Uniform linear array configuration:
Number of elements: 4
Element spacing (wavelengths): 0.75
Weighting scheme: cosine
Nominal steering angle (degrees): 15
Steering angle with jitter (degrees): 13.728
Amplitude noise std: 0.05
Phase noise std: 0.05

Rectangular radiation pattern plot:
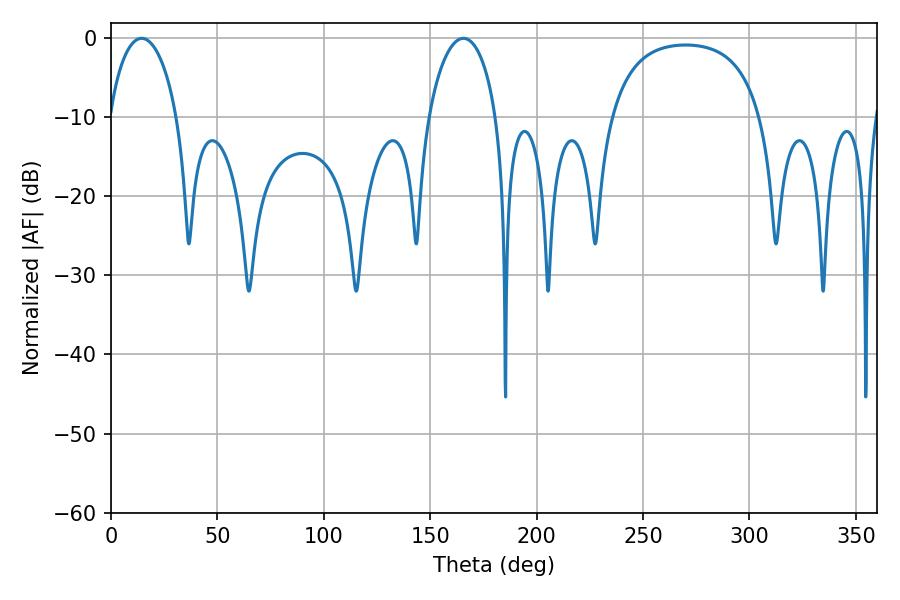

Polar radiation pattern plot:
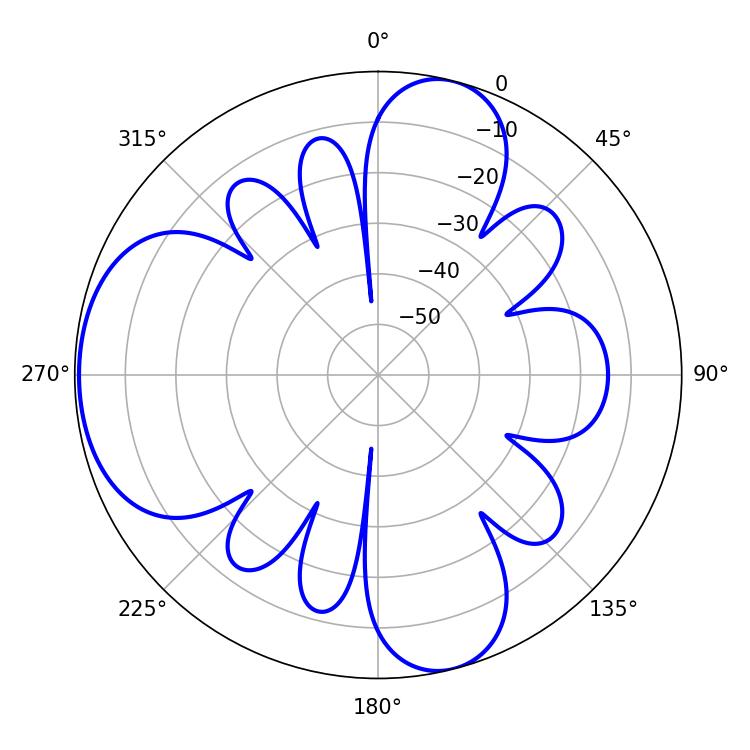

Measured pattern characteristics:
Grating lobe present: TRUE
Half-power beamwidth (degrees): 18.36
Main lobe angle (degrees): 14.4